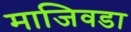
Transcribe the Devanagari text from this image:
माजिवडा